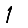
Digit: 1